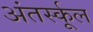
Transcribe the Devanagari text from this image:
अंतर्स्कूल